Report on vaccination in Madras 1895-1903 - 1895-1903
Year: 1895
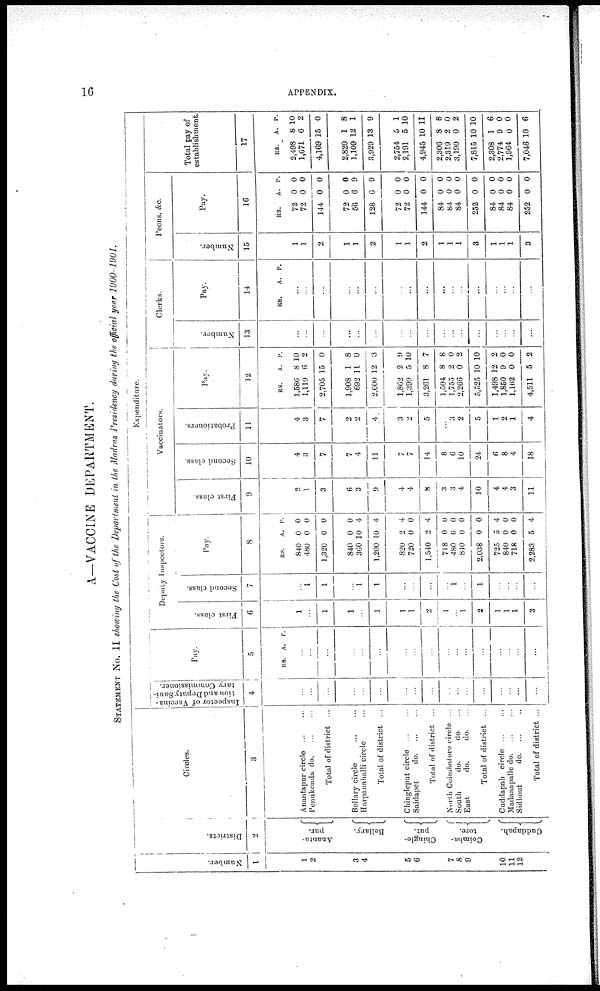
16
APPENDIX.
A—VACCINE DEPARTMENT.
STATEMENT No. II showing the Cost of the Department in the Madras Presidency during the official year 1900-1901.
Number.
1
1
2
3
4
5
6
7
8
9
10
11
12
Districts.
2
Ananta-
pur.
Bellary.
Chingle-
put.
Coimba-
tore.
Cuddapah.
Circles.
3
Anantapur circle ... ...
Penukonda do. ... ...
Total of district ...
Bellary circle
...
...
Harpanahalli circle ...
Total of district ...
Chingleput circle
...
...
Saidapet
do. ... ...
Total of district ...
North Coimbatore circle ...
South
do.
do. ...
East
do.
do. ...
Total of district ...
Cuddapah circle
...
...
Madanapalle do. ... ...
Sidhout
do. ... ...
Total of district ...
Expenditure.
Inspector of Vaccina-
tion and Deputy Sani-
tary Commissioner.
4
...
...
...
...
...
...
...
...
...
...
...
...
...
...
...
...
...
Pay.
5
RS. A. P.
...
...
...
...
...
...
...
...
...
...
...
...
...
...
...
...
...
Deputy Inspectors.
First class.
6
1
...
1
1
...
1
1
1
2
1
...
1
2
1
1
1
3
Second class.
7
...
1
1
...
1
1
...
...
...
...
1
...
1
...
...
...
...
Pay.
8
RS.
840
480
1,320
840
360
1,200
820
720
1,540
718
480
840
2,038
725
840
718
2,283
A.
0
0
0
0
10
10
2
0
2
0
0
0
0
5
0
0
5
P.
0
0
0
0
4
4
4
0
4
0
0
0
0
4
0
0
4
Vaccinators.
First class.
9
2
1
3
6
3
9
4
4
8
3
3
4
10
4
4
3
11
Second class.
10
4
3
7
7
4
11
7
7
14
8
6
10
24
6
8
4
18
Probationers.
11
4
3
7
2
2
4
3
2
5
...
3
2
5
1
2
1
4
Pay.
12
RS.
1,586
1,119
2,705
1,908
692
2,600
1,862
1,399
3,261
1,504
1,755
2,266
5,525
1,498
1,850
1,162
4,511
A.
8
6
15
1
11
12
2
5
8
8
2
0
10
12
9
0
5
P.
10
2
0
8
0
3
9
10
7
8
0
2
10
2
0
0
2
Clerks.
Number.
13
...
...
...
...
...
...
...
...
...
...
...
...
...
...
...
...
...
Pay.
14
RS.
A. P.
...
...
...
...
...
...
...
...
...
...
...
...
...
...
...
...
...
Peons, &c.
Number.
15
1
1
2
1
1
2
1
1
2
1
1
1
3
1
1
1
3
Pay.
16
RS.
72
72
144
72
56
128
72
72
144
84
84
84
252
84
84
84
252
A.
0
0
0
0
6
6
0
0
0
0
0
0
0
0
0
0
0
P.
0
0
0
0
9
9
0
0
0
0
0
0
0
0
0
0
0
Total pay of
establishment.
17
RS.
2,498
1,671
4,169
2,820
1,109
3,929
2,754
2,191
4,945
2,306
2,319
3,190
7,815
2,308
2,774
1,964
7,046
A.
8
6
15
1
12
13
5
5
10
8
2
0
10
1
9
0
10
P.
10
2
0
8
1
9
1
10
11
8
0
2
10
6
0
0
6